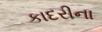
કાદરીના